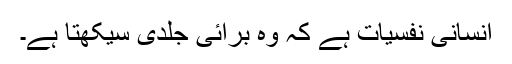
انسانی نفسیات ہے کہ وہ برائی جلدی سیکھتا ہے۔